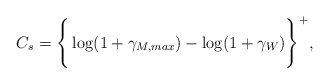
\begin{align*} C_{s} = \Bigg\{\log(1+\gamma_{M, max}) - \log(1+\gamma_{W})\Bigg\}^{+},\end{align*}